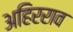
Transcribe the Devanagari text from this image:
अहिरराव